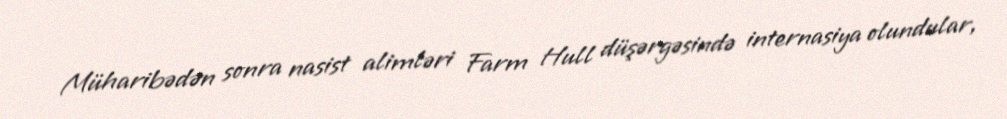
Müharibədən sonra nasist alimləri Farm Hull düşərgəsində internasiya olundular,